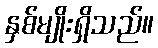
နှစ်မျိုးရှိသည်။